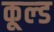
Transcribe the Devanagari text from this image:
कूल्‍ड